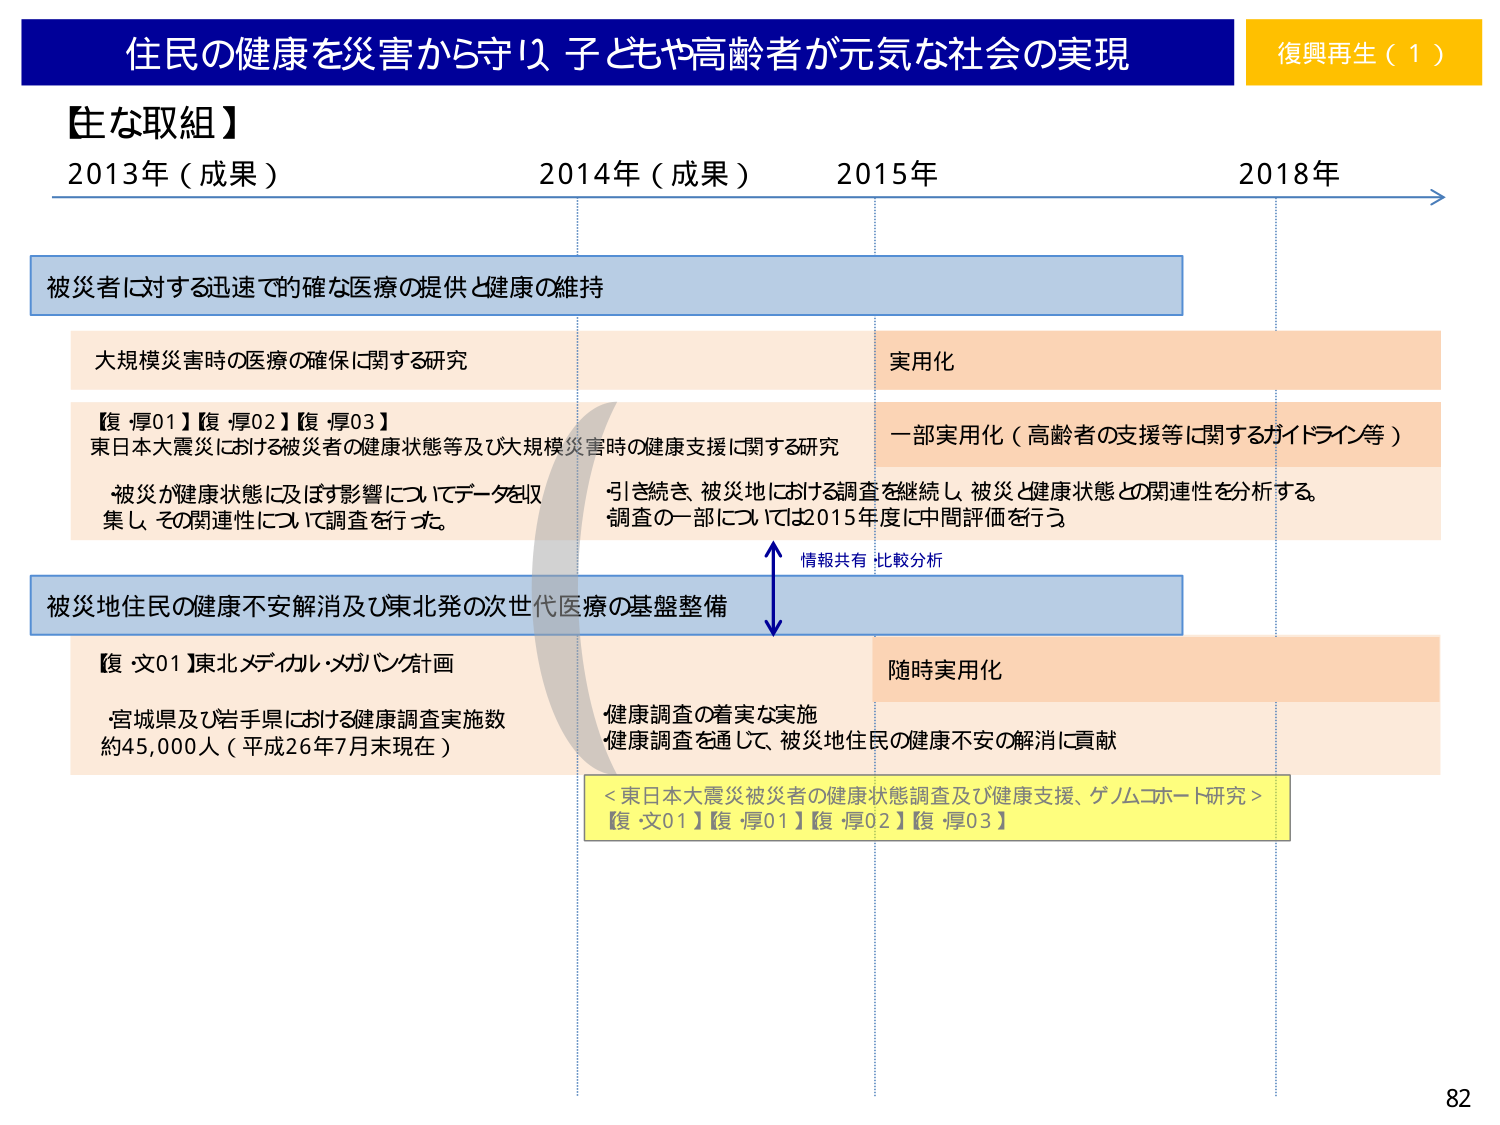
住民の健康を災害から守り、子どもや高齢者が元気な社会の実現
復興再生（1）

【主な取組】
2013年（成果）　2014年（成果）　2015年　2018年

被災者に対する迅速で的確な医療の提供と健康の維持

大規模災害時の医療の確保に関する研究
実用化

【復・厚01】【復・厚02】【復・厚03】
東日本大震災における被災者の健康状態等及び大規模災害時の健康支援に関する研究
・被災が健康状態に及ぼす影響についてデータを収集し、その関連性について調査を行った。
一部実用化（高齢者の支援等に関するガイドライン等）
引き続き、被災地における調査を継続し、被災と健康状態との関連性を分析する。
調査の一部については2015年度に中間評価を行う。

被災地住民の健康不安解消及び東北発の次世代医療の基盤整備

【復・文01】東北メディカル・メガバンク計画
・宮城県及び岩手県における健康調査実施数
約45,000人（平成26年7月末現在）
随時実用化
・健康調査の着実な実施
・健康調査を通じて、被災地住民の健康不安の解消に貢献

情報共有 比較分析

＜東日本大震災被災者の健康状態調査及び健康支援、ゲノムコホート研究＞
【復・文01】【復・厚01】【復・厚02】【復・厚03】

82